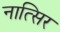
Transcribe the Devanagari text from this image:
नात्सिर